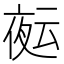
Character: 𭐻